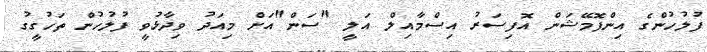
ފުލުހުންގެ އިންފޮމޭޝަން އޮފިސަރު އިސްމާއިލް އަލީ "ސަން"އަށް މިއަދު ވިދާޅުވީ ފުލުހުން ތަހުގީގު